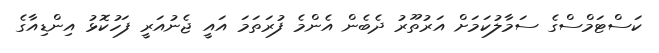
ކަސްޓަމްސްގެ ސަމާލުކަމަށް އަރުތޫރު ދެބެން އެންމެ ފުރަތަމަ އައީ ޖެނުއަރީ ފަހުކޮޅު އިންޑިއާގެ